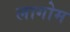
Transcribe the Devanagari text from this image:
लागोम